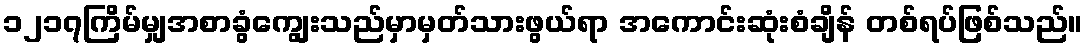
၁၂၁၇ကြိမ်မျှအစာခွံကျွေးသည်မှာမှတ်သားဖွယ်ရာ အကောင်းဆုံးစံချိန် တစ်ရပ်ဖြစ်သည်။